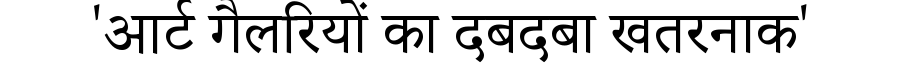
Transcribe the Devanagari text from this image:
'आर्ट गैलरियों का दबदबा खतरनाक'